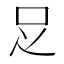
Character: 𠯁